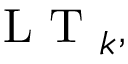
\mathrm { ~ L ~ T ~ } _ { k } ,